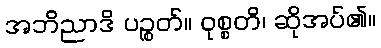
အဘိညာဒိ ပဉ္စတ်။ ဝုစ္စတိ၊ ဆိုအပ်၏။